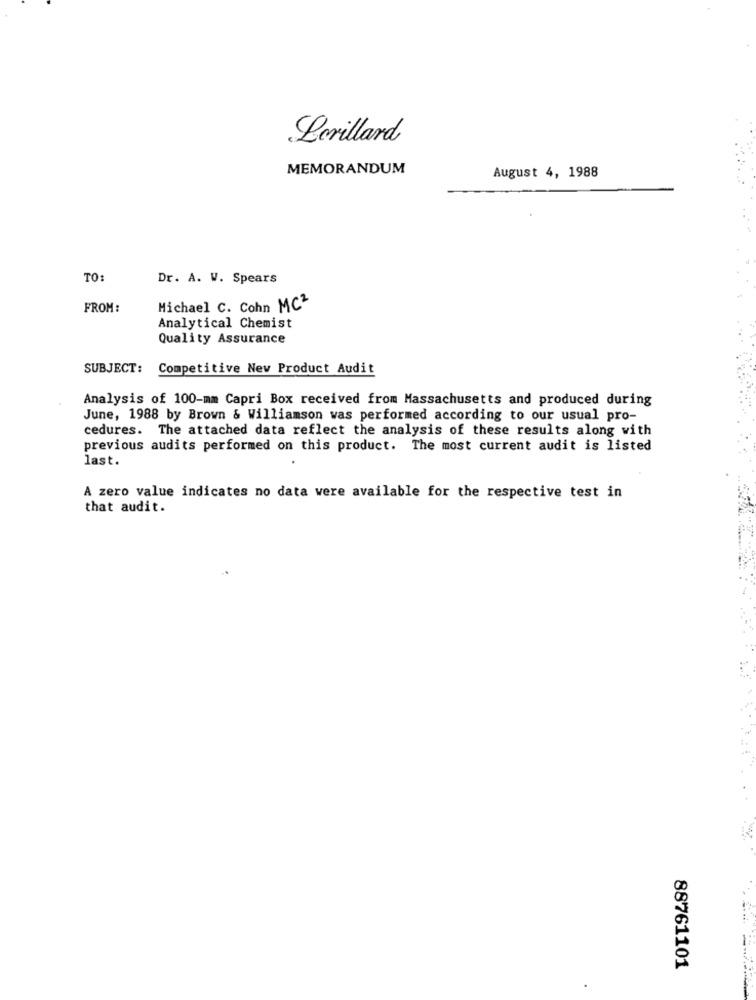
Lerillard
MEMORANDUM
August 4, 1988
TO
Dr. A. W. Spears
FROM:
Michael C. Cohn MC2
Analytical Chemist
Quality Assurance
SUBJECT:
Competitive Nev Product Audit
Analysis of 100-mm Capri Box received from Massachusetts and produced during
June, 1988 by Brown & Williamson was performed according to our usual pro-
cedures. The attached data reflect the analysis of these results along with
previous audits performed on this product. The most current audit is listed
last.
A zero value indicates no data were available for the respective test in
that audit.
88761101